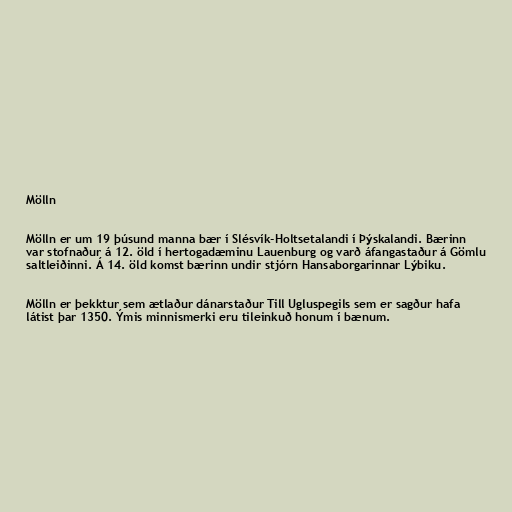
Mölln

Mölln er um 19 þúsund manna bær í Slésvík-Holtsetalandi í Þýskalandi. Bærinn
var stofnaður á 12. öld í hertogadæminu Lauenburg og varð áfangastaður á Gömlu
saltleiðinni. Á 14. öld komst bærinn undir stjórn Hansaborgarinnar Lýbiku.

Mölln er þekktur sem ætlaður dánarstaður Till Ugluspegils sem er sagður hafa
látist þar 1350. Ýmis minnismerki eru tileinkuð honum í bænum.